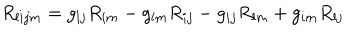
R _ { l i j m } ^ { { } } = g _ { l j } R _ { i m } ^ { { } } - g _ { l m } R _ { i j } ^ { { } } - g _ { i j } R _ { l m } ^ { { } } + g _ { i m } R _ { l j } ^ { { } }